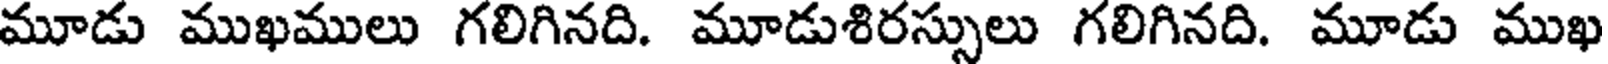
మూడు ముఖములు గలిగినది. మూడుశిరస్సులు గలిగినది. మూడు ముఖ